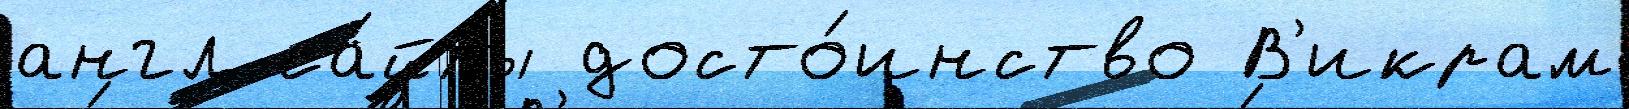
англ са́йты досто́инство В'икрам